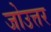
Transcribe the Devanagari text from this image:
जोउत्तर